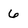
Character: 6